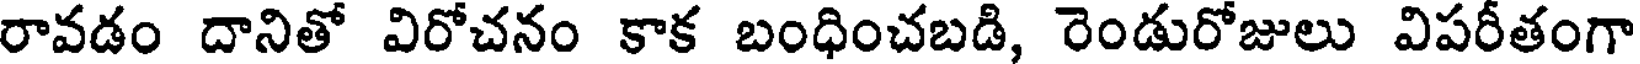
రావడం దానితో విరోచనం కాక బంధించబడి, రెండురోజులు విపరీతంగా